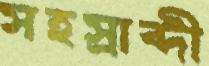
সহস্রাব্দী